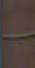
-